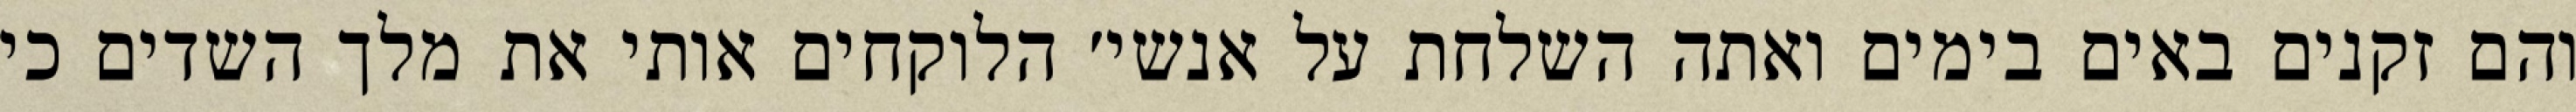
והם זקנים באים בימים ואתה השלחת על אנשי׳ הלוקחים אותי את מלך השדים כי